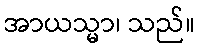
အာယသ္မာ၊ သည်။